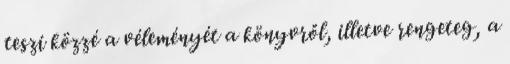
teszi közzé a véleményét a könyvről, illetve rengeteg, a